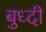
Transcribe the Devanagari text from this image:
बुध्‍दी